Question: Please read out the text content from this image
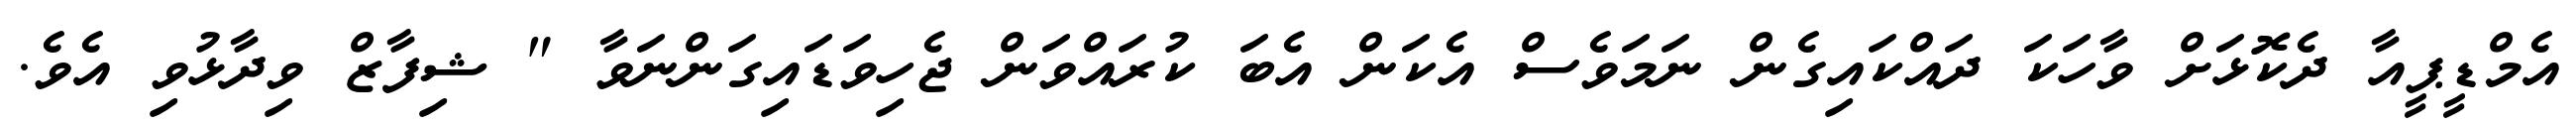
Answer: އެމްޑީޕީއާ ދެކޮޅަށް ވާހަކަ ދައްކައިގެން ނަމަވެސް އެކަން އެބަ ކުރައްވަން ޖެހިވަޑައިގަންނަވާ " ޝިފާޒް ވިދާޅުވި އެވެ.